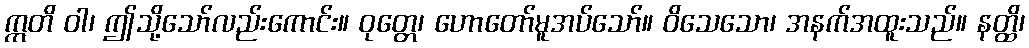
ဣတိ ဝါ၊ ဤသို့သော်လည်းကောင်း။ ဝုတ္တေ၊ ဟောတော်မူအပ်သော်။ ဝိသေသော၊ အနက်အထူးသည်။ နတ္ထိ၊